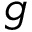
g